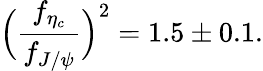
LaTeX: \Bigl({\frac{f_{\eta_{c}}}{f_{J/\psi}}}\Bigr)^{2}=1.5\pm 0.1.